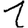
Digit: 1